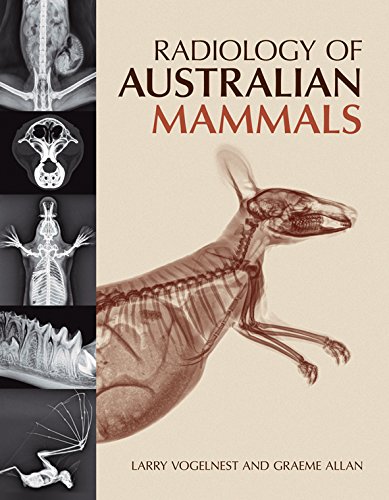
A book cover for Radiology of Australian Mammals; Medical Books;